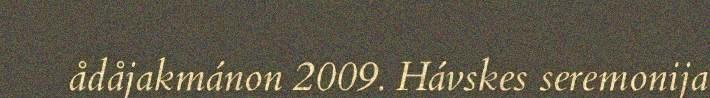
ådåjakmánon 2009. Hávskes seremonija